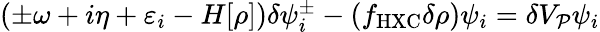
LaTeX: \begin{array}{r}{(\pm\omega+i\eta+\varepsilon_{i}-H[\rho])\delta\psi_{i}^{\pm}-(f_{\mathrm{HXC}}\delta\rho)\psi_{i}=\delta V_{\mathcal P}\psi_{i}}\end{array}